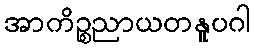
အာကိဉ္စညာယတနူပဂါ